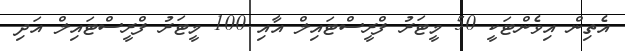
އެތިން އިވެންޓަކީ 50 މީޓަރު ފްރީސްޓައިލް އާއި 100 މީޓަރު ފްރީސްޓައިލް އަދި